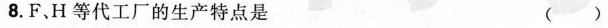
8.F.H等代工厂的生产特点是 ()